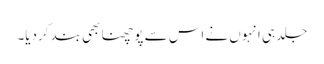
جلد ہی انہوں نے اس سے پوچھنا بھی بند کردیا۔